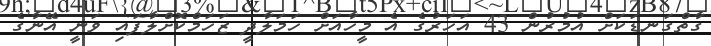
ގާތްގަނޑަކަށް އުމުރުން 43 އަހަރުގެ އެ މީހާއަށް ހަމަލާދީ ޒަހަމްކޮށްލާފައި ވަނީ އޭނާގެ